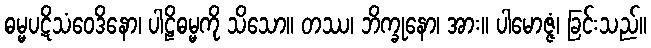
ဓမ္မပဋိသံဝေဒိနော၊ ပါဠိဓမ္မကို သိသော။ တဿ၊ ဘိက္ခုနော၊ အား။ ပါမောဇ္ဇံ၊ ခြင်းသည်။